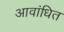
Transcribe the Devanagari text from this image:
आवांधित